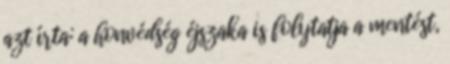
azt írta: a honvédség éjszaka is folytatja a mentést,